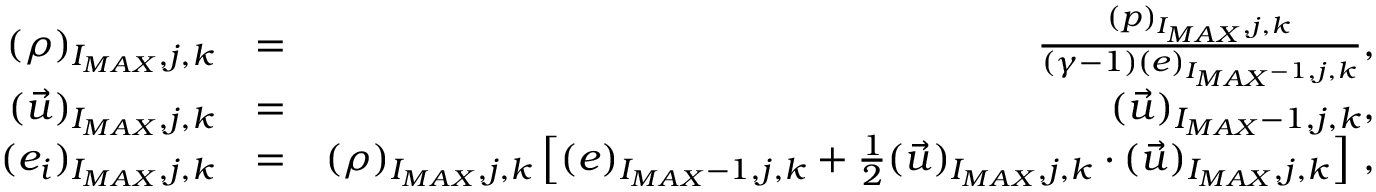
\begin{array} { r l r } { ( \rho ) _ { I _ { M A X } , j , k } } & { = } & { \frac { ( p ) _ { I _ { M A X } , j , k } } { ( \gamma - 1 ) ( e ) _ { I _ { M A X } - 1 , j , k } } \mathrm { , } } \\ { ( \vec { u } ) _ { I _ { M A X } , j , k } } & { = } & { ( \vec { u } ) _ { I _ { M A X } - 1 , j , k } \mathrm { , } } \\ { ( e _ { i } ) _ { I _ { M A X } , j , k } } & { = } & { ( \rho ) _ { I _ { M A X } , j , k } \left[ ( e ) _ { I _ { M A X } - 1 , j , k } + \frac { 1 } { 2 } ( \vec { u } ) _ { I _ { M A X } , j , k } \cdot ( \vec { u } ) _ { I _ { M A X } , j , k } \right] \, \mathrm { , } } \end{array}